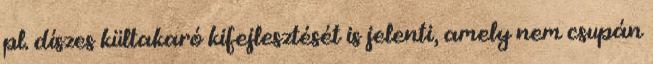
pl. díszes kültakaró kifejlesztését is jelenti, amely nem csupán